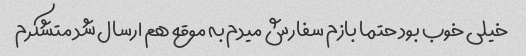
خیلی خوب بود حتما بازم سفارش میدم به موقع هم ارسال شد متشکرم